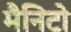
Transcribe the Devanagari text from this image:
मैनिटो